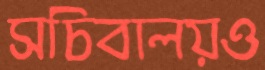
সচিবালয়ও